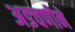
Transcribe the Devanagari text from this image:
अडचणीने